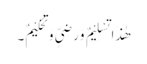
ھٰذَا تَسْلِیْمٌ وَرَضِیٍّ وَتَحْکِیْمٌ۔